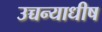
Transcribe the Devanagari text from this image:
उच्चन्याधीष